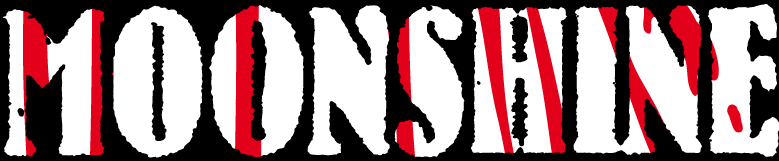
MOONSHINE